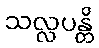
သလ္လပန္တိ